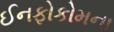
ઈનફોકોમના